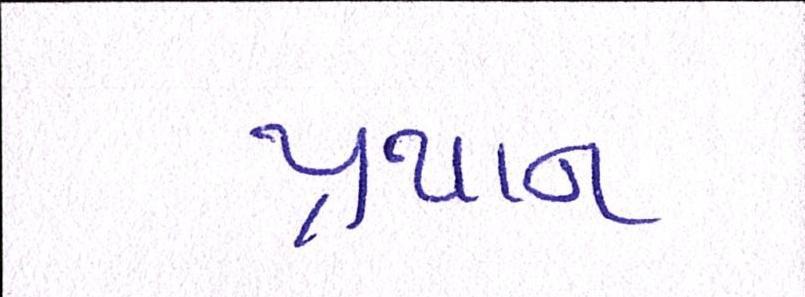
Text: પ્રથાન